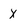
Character: x